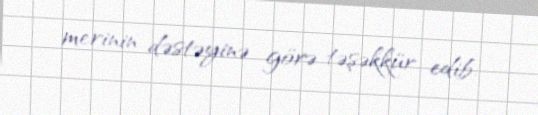
merinin dəstəyinə görə təşəkkür edib.